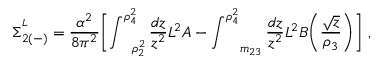
\Sigma _ { 2 ( - ) } ^ { ^ { L } } = \frac { \alpha ^ { 2 } } { 8 \pi ^ { 2 } } \biggl [ \int _ { \ \ \ \rho _ { 2 } ^ { 2 } } ^ { \rho _ { 4 } ^ { 2 } } \frac { d z } { z ^ { 2 } } L ^ { 2 } A - \int _ { \ \ \ \ m _ { 2 3 } } ^ { \rho _ { 4 } ^ { 2 } } \frac { d z } { z ^ { 2 } } L ^ { 2 } B \biggl ( \frac { \sqrt { z } } { \rho _ { 3 } } \biggr ) \biggr ] \ ,